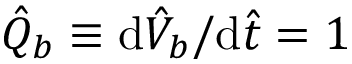
\hat { Q } _ { b } \equiv \mathrm { d } \hat { V } _ { b } / \mathrm { d } \hat { t } = 1